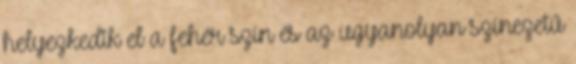
helyezkedik el a fehér szín és az ugyanolyan színezetű